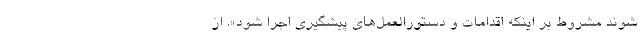
شوند مشروط بر اینکه اقدامات و دستورالعمل‌های پیشگیری اجرا شود». از